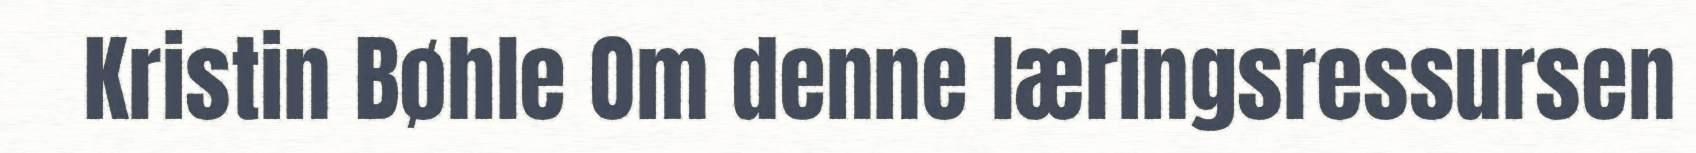
Kristin Bøhle Om denne læringsressursen